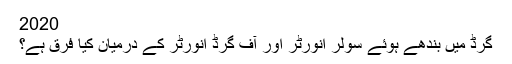
2020
گرڈ میں بندھے ہوئے سولر انورٹر اور آف گرڈ انورٹر کے درمیان کیا فرق ہے؟